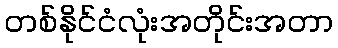
တစ်နိုင်ငံလုံးအတိုင်းအတာ